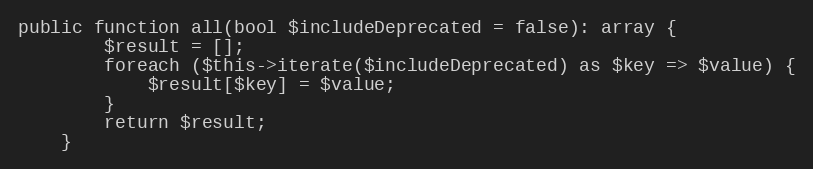
Language: PHP
public function all(bool $includeDeprecated = false): array {
        $result = [];
        foreach ($this->iterate($includeDeprecated) as $key => $value) {
            $result[$key] = $value;
        }
        return $result;
    }